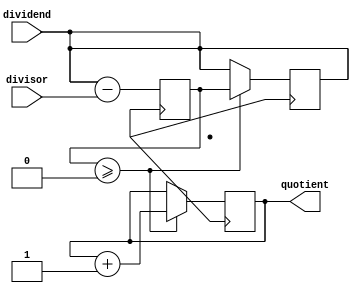
module synchronous_divider (
    input wire [31:0] dividend,
    input wire [31:0] divisor,
    output reg [31:0] quotient
);

reg [31:0] remainder;
reg [31:0] subtractor_input;

always @(posedge clk) begin
    subtractor_input <= dividend - divisor;
    if (subtractor_input >= 0) begin
        dividend <= subtractor_input;
        quotient <= quotient + 1;
    end
end

endmodule